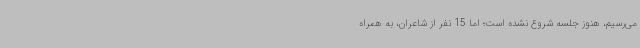
می‌رسیم، هنوز جلسه شروع نشده است؛ اما 15 نفر از شاعران، به همراه